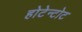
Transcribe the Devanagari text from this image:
होटेन्टोट